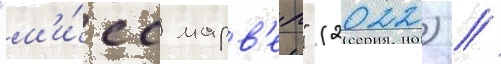
"м'и́сс марв'ел" (2022) //